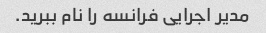
مدیر اجرایی فرانسه را نام ببرید.